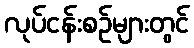
လုပ်ငန်းစဉ်များတွင်